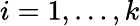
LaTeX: i=1,\ldots,k